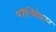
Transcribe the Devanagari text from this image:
पॉलिमेकान